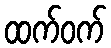
ထက်ဝက်